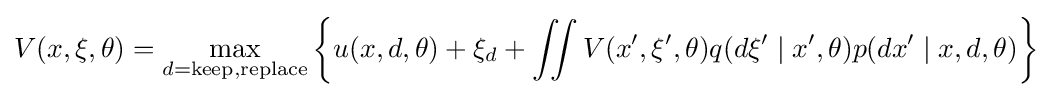
V(x,\xi ,\theta )=\max _{d={\text{keep}},{\text{replace}}}\left\{u(x,d,\theta )+\xi _{d}+\iint V(x',\xi ',\theta )q(d\xi '\mid x',\theta )p(dx'\mid x,d,\theta )\right\}